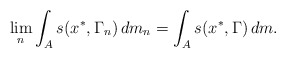
\begin{align*}\lim_n \int_{A} s(x^*, \Gamma_n)\, dm_n = \int_{A}s (x^*, \Gamma)\, dm.\end{align*}